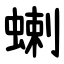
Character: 蝲